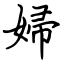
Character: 婦